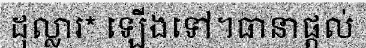
ដុល្លារ* ឡើងទៅ។ធានាផ្តល់